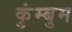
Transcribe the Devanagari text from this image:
कुंम्बुम